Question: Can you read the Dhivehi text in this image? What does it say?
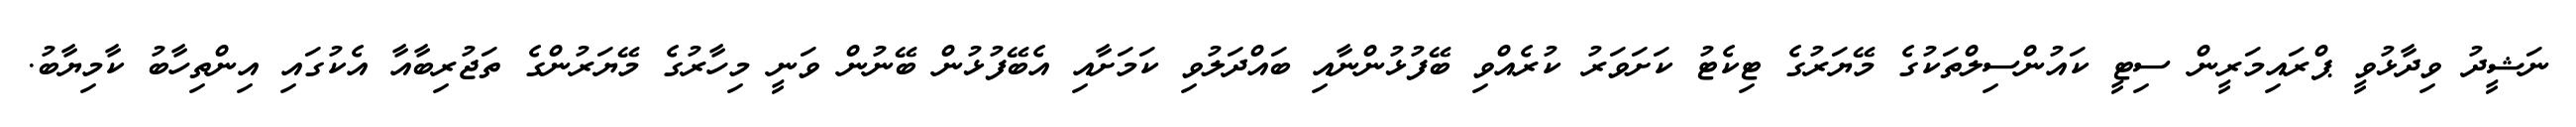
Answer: ނަޝީދު ވިދާޅުވީ ޕްރައިމަރީން ސިޓީ ކައުންސިލްތަކުގެ މޭޔަރުގެ ޓިކެޓު ކަށަވަރު ކުރެއްވި ބޭފުޅުންނާއި ބައްދަލުވި ކަމަށާއި އެބޭފުޅުން ބޭނުން ވަނީ މިހާރުގެ މޭޔަރުންގެ ތަޖުރިބާއާ އެކުގައި އިންތިހާބު ކާމިޔާބު.